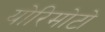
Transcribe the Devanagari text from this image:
योरिमोटो